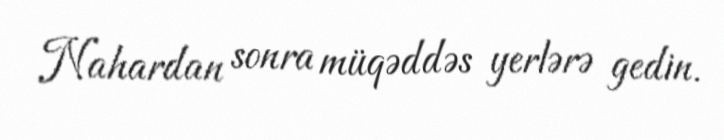
Nahardan sonra müqəddəs yerlərə gedin.